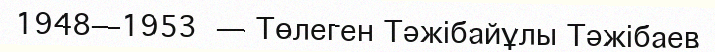
1948—1953 — Төлеген Тәжібайұлы Тәжібаев